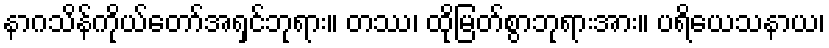
နာဂသိန်ကိုယ်တော်အရှင်ဘုရား။ တဿ၊ ထိုမြတ်စွာဘုရားအား။ ပရိယေသနာယ၊